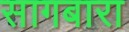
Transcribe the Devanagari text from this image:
सागबारा